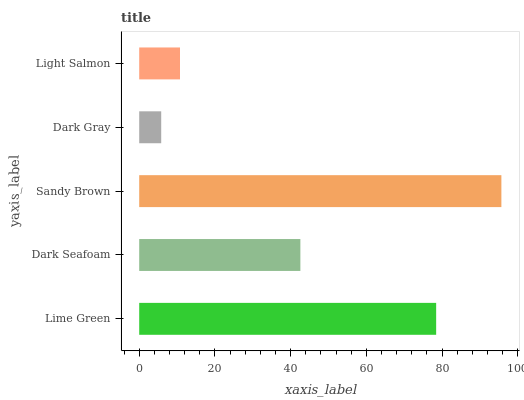
| yaxis_label | bars |
 | --- | --- |
 | Lime Green | 78.4 |
 | Dark Seafoam | 42.6 |
 | Sandy Brown | 95.7 |
 | Dark Gray | 5.81 |
 | Light Salmon | 10.8 |